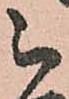
被